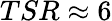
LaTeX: TSR\approx 6